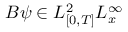
B \psi \in L _ { [ 0 , T ] } ^ { 2 } L _ { x } ^ { \infty }